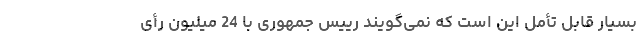
بسیار قابل تأمل این است که نمی‌گویند رییس جمهوری با 24 میلیون رأی